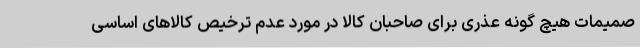
صمیمات هیچ گونه عذری برای صاحبان کالا در مورد عدم ترخیص کالاهای اساسی